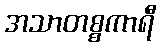
အသာတစ္စကာရီ